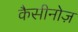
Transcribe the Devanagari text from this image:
कैसीनोज़